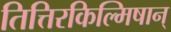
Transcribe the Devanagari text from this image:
तित्तिरकिल्मिषान्